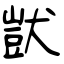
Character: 獃